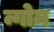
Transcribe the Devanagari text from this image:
न्गोम